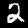
Label: 2